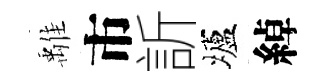
𩀌市訢壚綽